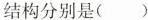
结构分别是（ ）